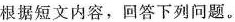
根据短文内容,回答下列问题。